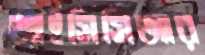
আইসিসিআর